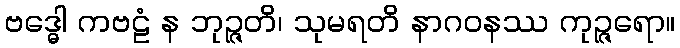
ဗဒ္ဓေါ ကဗဠံ န ဘုဉ္ဇတိ၊ သုမရတိ နာဂဝနဿ ကုဉ္ဇရော။